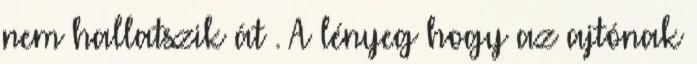
nem hallatszik át . A lényeg hogy az ajtónak